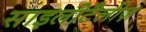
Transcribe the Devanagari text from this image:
साइलोटैलीज़